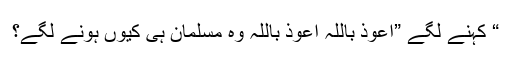
“ کہنے لگے ”اعوذ باللہ اعوذ باللہ وہ مسلمان ہی کیوں ہونے لگے؟